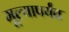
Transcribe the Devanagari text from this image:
मूल्यापर्यंत